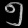
Digit: ၅